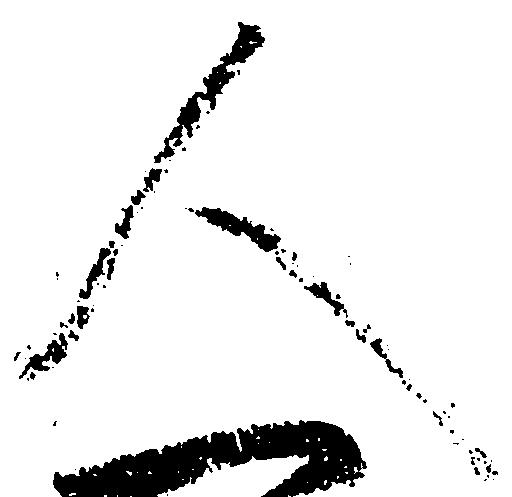
人